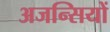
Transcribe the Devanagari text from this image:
अजन्सियों